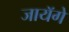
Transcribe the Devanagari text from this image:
जायॅगे